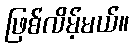
ဖြစ်လိမ့်မယ်။